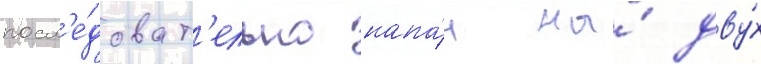
посл'е́доват'ельно напа́л на́ дву́х